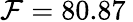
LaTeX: \mathcal{F}=80.87\